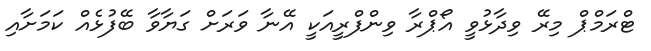
ޓްރަމްޕް މިރޭ ވިދާޅުވީ އޯޕްރާ ވިންފްރީއަކީ އޭނާ ވަރަށް ގަޔާވާ ބޭފުޅެއް ކަމަށާއި